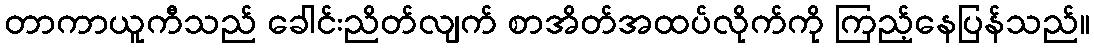
တာကာယူကီသည် ခေါင်းညိတ်လျက် စာအိတ်အထပ်လိုက်ကို ကြည့်နေပြန်သည်။